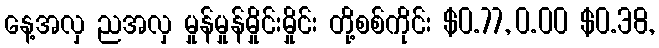
နေ့အလှ ညအလှ မှုန်မှုန်မှိုင်းမှိုင်း တို့စစ်ကိုင်း $0.77, 0.00 $0.38,